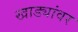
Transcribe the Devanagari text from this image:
खाड्यांवर